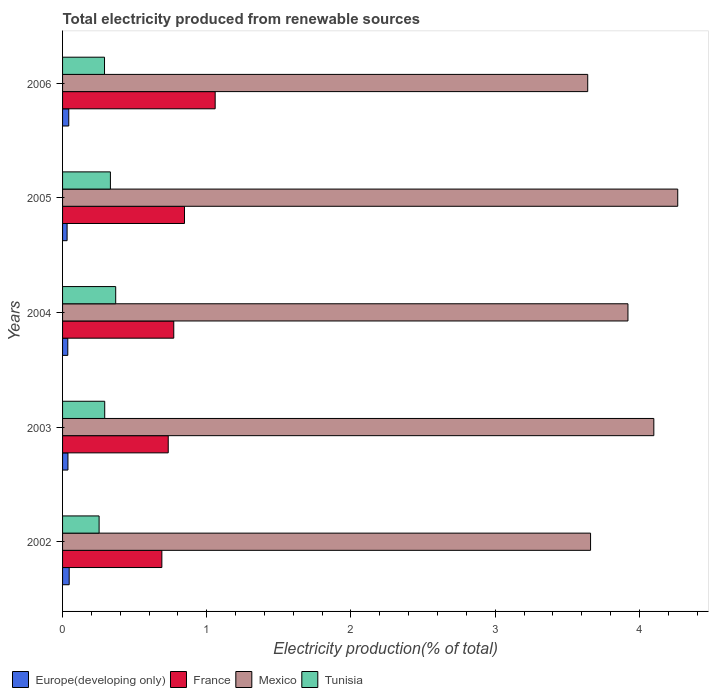
| Years | Europe(developing only) | France | Mexico | Tunisia |
 | --- | --- | --- | --- | --- |
 | 2002 | 0.0459 | 0.689 | 3.66 | 0.253 |
 | 2003 | 0.0374 | 0.733 | 4.1 | 0.292 |
 | 2004 | 0.0363 | 0.771 | 3.92 | 0.369 |
 | 2005 | 0.0314 | 0.846 | 4.27 | 0.332 |
 | 2006 | 0.043 | 1.06 | 3.64 | 0.291 |